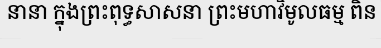
នានា ក្នុងព្រះពុទ្ធសាសនា ព្រះមហាវិមូលធម្ម ពិន